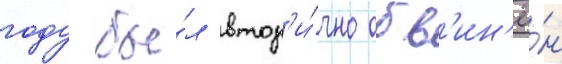
году бы́л втор'и́чно обв'ин'ё́н